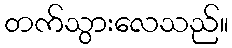
တက်သွားလေသည်။